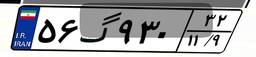
۵۶گ۹۳۰۳۲